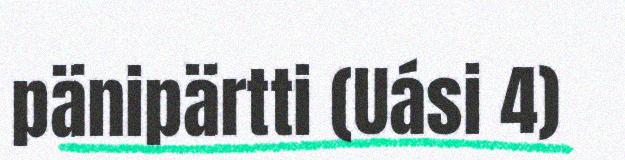
pänipärtti (Uási 4)